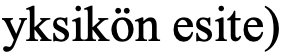
yksikön esite)